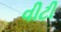
વીટી